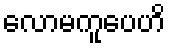
လောမကူပေဟိ